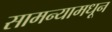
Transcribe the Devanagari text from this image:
सामन्यामधून